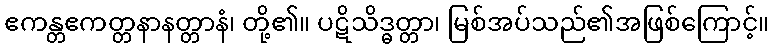
ဧကန္တဧကတ္တနာနတ္တာနံ၊ တို့၏။ ပဋိသိဒ္ဓတ္တာ၊ မြစ်အပ်သည်၏အဖြစ်ကြောင့်။